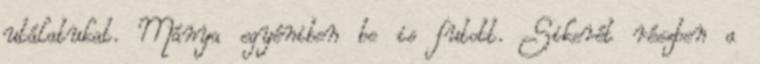
utálatukat. Mánya egyéniben be is futott. Sikerét részben a